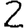
Digit: 2